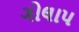
ગોલાપ